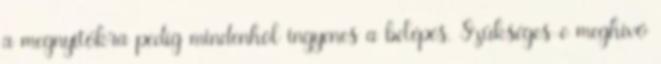
a megnyitókra pedig mindenhol ingyenes a belépés. Szükséges-e meghívó